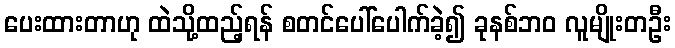
ပေးထားတာဟု ထဲသို့ထည့်ရန် စတင်ပေါ်ပေါက်ခဲ့၍ ခုနစ်ဘ၀ လူမျိုးတဦး